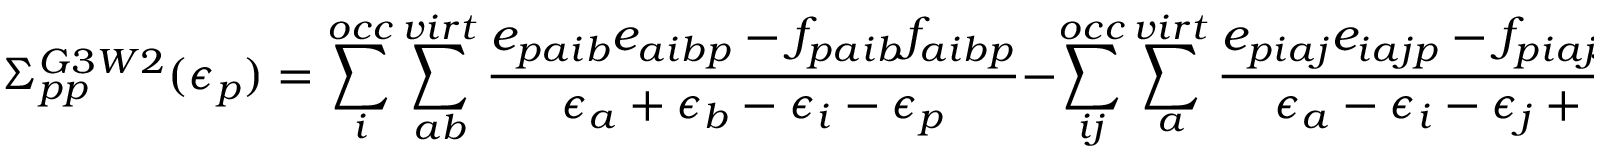
\Sigma _ { p p } ^ { G 3 W 2 } ( \epsilon _ { p } ) = \sum _ { i } ^ { o c c } \sum _ { a b } ^ { v i r t } \frac { e _ { p a i b } e _ { a i b p } - f _ { p a i b } f _ { a i b p } } { \epsilon _ { a } + \epsilon _ { b } - \epsilon _ { i } - \epsilon _ { p } } - \sum _ { i j } ^ { o c c } \sum _ { a } ^ { v i r t } \frac { e _ { p i a j } e _ { i a j p } - f _ { p i a j } f _ { i a j p } } { \epsilon _ { a } - \epsilon _ { i } - \epsilon _ { j } + \epsilon _ { p } } \; .